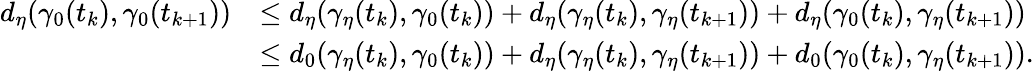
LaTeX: \begin{array}{rl}{d_{\eta}(\gamma_{0}(t_{k}),\gamma_{0}(t_{k+1}))}&{\leq d_{\eta}(\gamma_{\eta}(t_{k}),\gamma_{0}(t_{k}))+d_{\eta}(\gamma_{\eta}(t_{k}),\gamma_{\eta}(t_{k+1}))+d_{\eta}(\gamma_{0}(t_{k}),\gamma_{\eta}(t_{k+1}))}\\ &{\leq d_{0}(\gamma_{\eta}(t_{k}),\gamma_{0}(t_{k}))+d_{\eta}(\gamma_{\eta}(t_{k}),\gamma_{\eta}(t_{k+1}))+d_{0}(\gamma_{0}(t_{k}),\gamma_{\eta}(t_{k+1})).}\end{array}